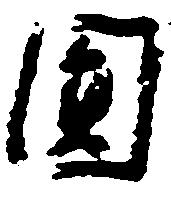
円